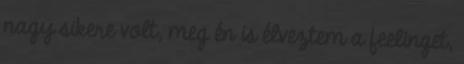
nagy sikere volt, meg én is élveztem a feelinget,